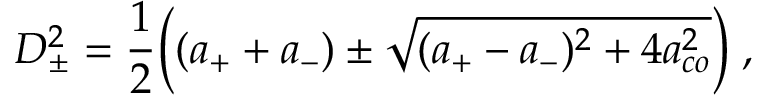
D _ { \pm } ^ { 2 } = \frac { 1 } { 2 } \bigg ( ( a _ { + } + a _ { - } ) \pm \sqrt { ( a _ { + } - a _ { - } ) ^ { 2 } + 4 a _ { c o } ^ { 2 } } \bigg ) \; ,